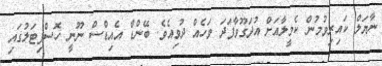
ނާޔަލް ކައިރިވުމުން ކެމީލާއަށް އުދަގޫވާފަދަ ވަހެއް ދުވިއެވެ. ބޭންޑް އެއިޑްސް ނޫނީ ހޮސްޕިޓަލުގައި